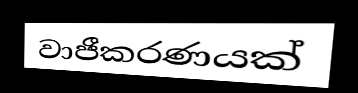
වාජීකරණයක්